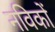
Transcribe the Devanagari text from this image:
नविकों